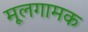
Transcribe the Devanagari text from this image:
मूलगामक